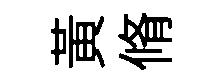
黄脩